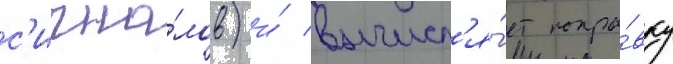
с'игна́лов) и́ вычисл'я́ет попра́вку